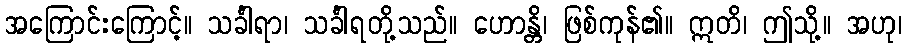
အကြောင်းကြောင့်။ သင်္ခါရာ၊ သင်္ခါရတို့သည်။ ဟောန္တိ၊ ဖြစ်ကုန်၏။ ဣတိ၊ ဤသို့။ အဟု၊